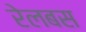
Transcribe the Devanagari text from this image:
रेलबस